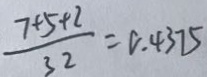
\frac { 7 + 5 + 2 } { 3 2 } = 0 \cdot 4 3 7 5